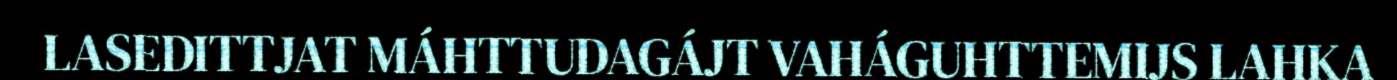
LASEDITTJAT MÁHTTUDAGÁJT VAHÁGUHTTEMIJS LAHKA